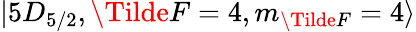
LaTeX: \lvert 5D_{5/2},\Tilde{F}=4,m_{\Tilde{F}}=4\rangle